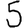
Digit: 5